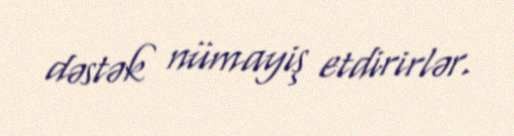
dəstək nümayiş etdirirlər.